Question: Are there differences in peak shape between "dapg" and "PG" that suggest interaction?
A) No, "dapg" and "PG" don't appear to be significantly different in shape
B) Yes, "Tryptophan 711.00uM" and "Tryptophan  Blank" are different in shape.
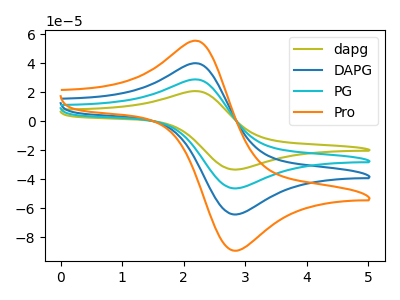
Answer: <think>The olive curve "dapg" has an anodic peak at (2.25V, 20.60uA) and a cathodic peak at (2.85V, -33.40uA). The blue curve "DAPG" has an anodic peak at (2.25V, 57.25uA) and a cathodic peak at (2.85V, -92.80uA). The cyan curve "PG" has an anodic peak at (2.25V, 28.60uA) and a cathodic peak at (2.85V, -46.40uA). The orange curve "Pro" has an anodic peak at (2.25V, 85.85uA) and a cathodic peak at (2.85V, -139.20uA).
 All the peaks in "dapg" have a peak in "PG" at the same potential. Every peak in "dapg" is lower than every peak in "PG".</think>
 <answer>A) No, "dapg" and "PG" don't appear to be significantly different in shape</answer>
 <eval>A</eval>